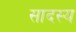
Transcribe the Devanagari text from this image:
सादस्य